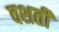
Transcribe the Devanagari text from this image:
वशती